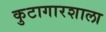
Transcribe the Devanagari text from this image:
कुटागारशाला